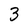
Character: 3